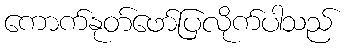
ကောက်နုတ်ဖော်ပြလိုက်ပါသည်